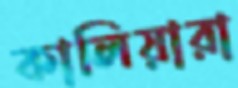
কালিয়ারা